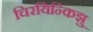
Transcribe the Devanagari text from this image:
चिरयिन्किझु